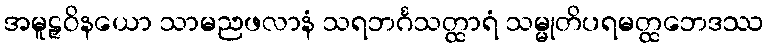
အမူဠှဝိနယော သာမညဖလာနံ သရဘင်္ဂသတ္ထာရံ သမ္မုတိပရမတ္ထဘေဒဿ